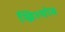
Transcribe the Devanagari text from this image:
ख्रिश्चोव